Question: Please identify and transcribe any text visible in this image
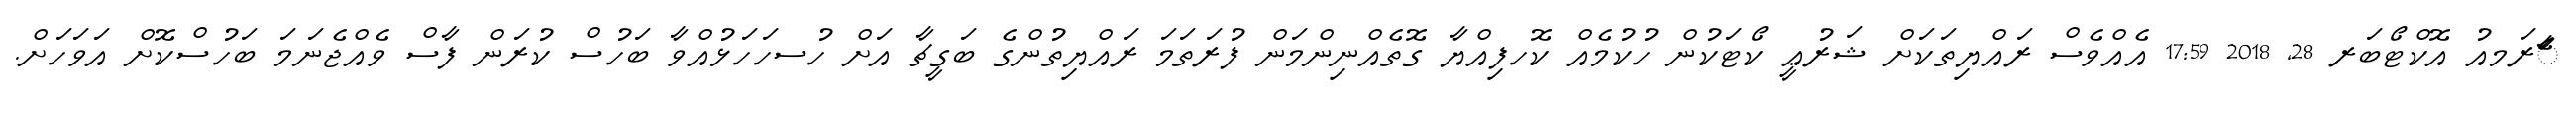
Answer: ާަެރަމއު އޮކްޓޯބަރ 28, 2018 17:59 އެއްވެސް ރައްޔިތަކަށް ޝަރުޢީ ކޯޓަކުން ހުކުމެއް ކޮހފިއްޔާ ގޮތެއްނިންމަން ފުރަތަމަ ރައްޔިތުންގެ ބަގީޗާ އަށް ހުސހަހަޅުއްވާ ބަހުސް ކުރަން ފާސް ވެއްޖެނަމަ ބަހުސްކޮށް އަވަހަށް.